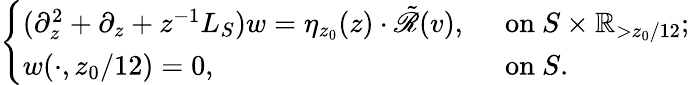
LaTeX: \begin{array}{r}{\left\{ \begin{array}{ll}{(\partial_{z}^{2}+\partial_{z}+z^{-1}L_{S})w=\eta_{z_{0}}(z)\cdot\tilde{\mathscr{R}}(v),}&{\ \mathrm{~on~}S\times\mathbb{R}_{>z_{0}/12};}\\ {w(\cdot,z_{0}/12)=0,}&{\ \mathrm{~on~}S.}\end{array}\right.}\end{array}